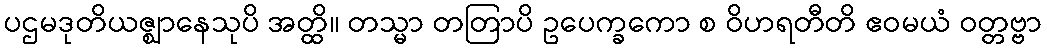
ပဌမဒုတိယဇ္ဈာနေသုပိ အတ္ထိ။ တသ္မာ တတြာပိ ဥပေက္ခကော စ ဝိဟရတီတိ ဧဝမယံ ဝတ္တဗ္ဗာ